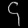
Digit: ၄